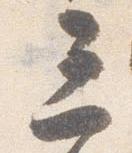
三